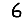
Digit: 6